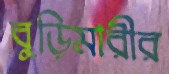
বুড়িমারীর